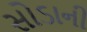
સોડાની